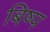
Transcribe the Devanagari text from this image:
बिष्प